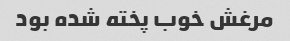
مرغش خوب پخته شده بود